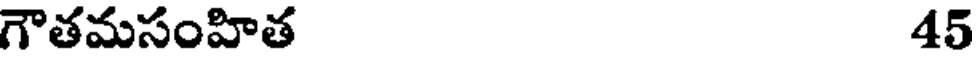
గౌతమసంహిత 45